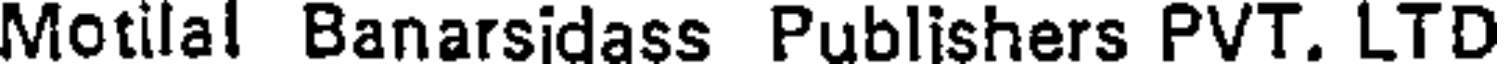
Motilal Banarsidass Publishers PVT. LTD